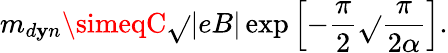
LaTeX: m_{d\mathbf{y}n}\simeqC\sqrt{}{{|eB|}}\exp\left[-{\frac{{\pi}}{{2}}}\sqrt{}{{\frac{{\pi}}{{2\alpha}}}}\right].